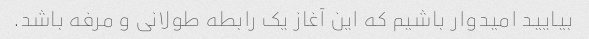
بیایید امیدوار باشیم که این آغاز یک رابطه طولانی و مرفه باشد.